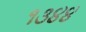
૧૩૪૪